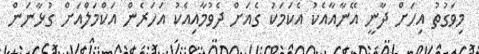
މިވަގުތު އިހަށް ދާނީ އޭނާއާއެކު އެކަމަކު ގެއަށް ދެވުމާއިއެކު އަހަރެން އަކްމަލްއަށް ގުޅާނަން